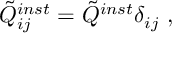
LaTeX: \tilde { Q } _ { i j } ^ { i n s t } = \tilde { Q } ^ { i n s t } \delta _ { i j } \ ,